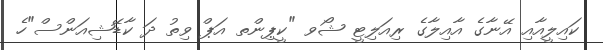
ކައިލީއާއި އޭނާގެ އާއިލާގެ ރިއަލިޓީ ޝޯވ "ކީޕިންތ އަޕް ވިތު ދަ ކާޑޭޝިއަންސް"ހެ